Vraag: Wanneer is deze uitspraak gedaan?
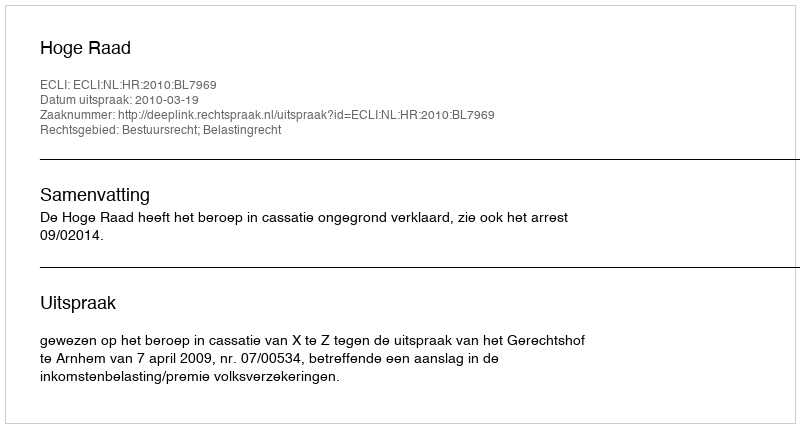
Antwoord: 2010-03-19